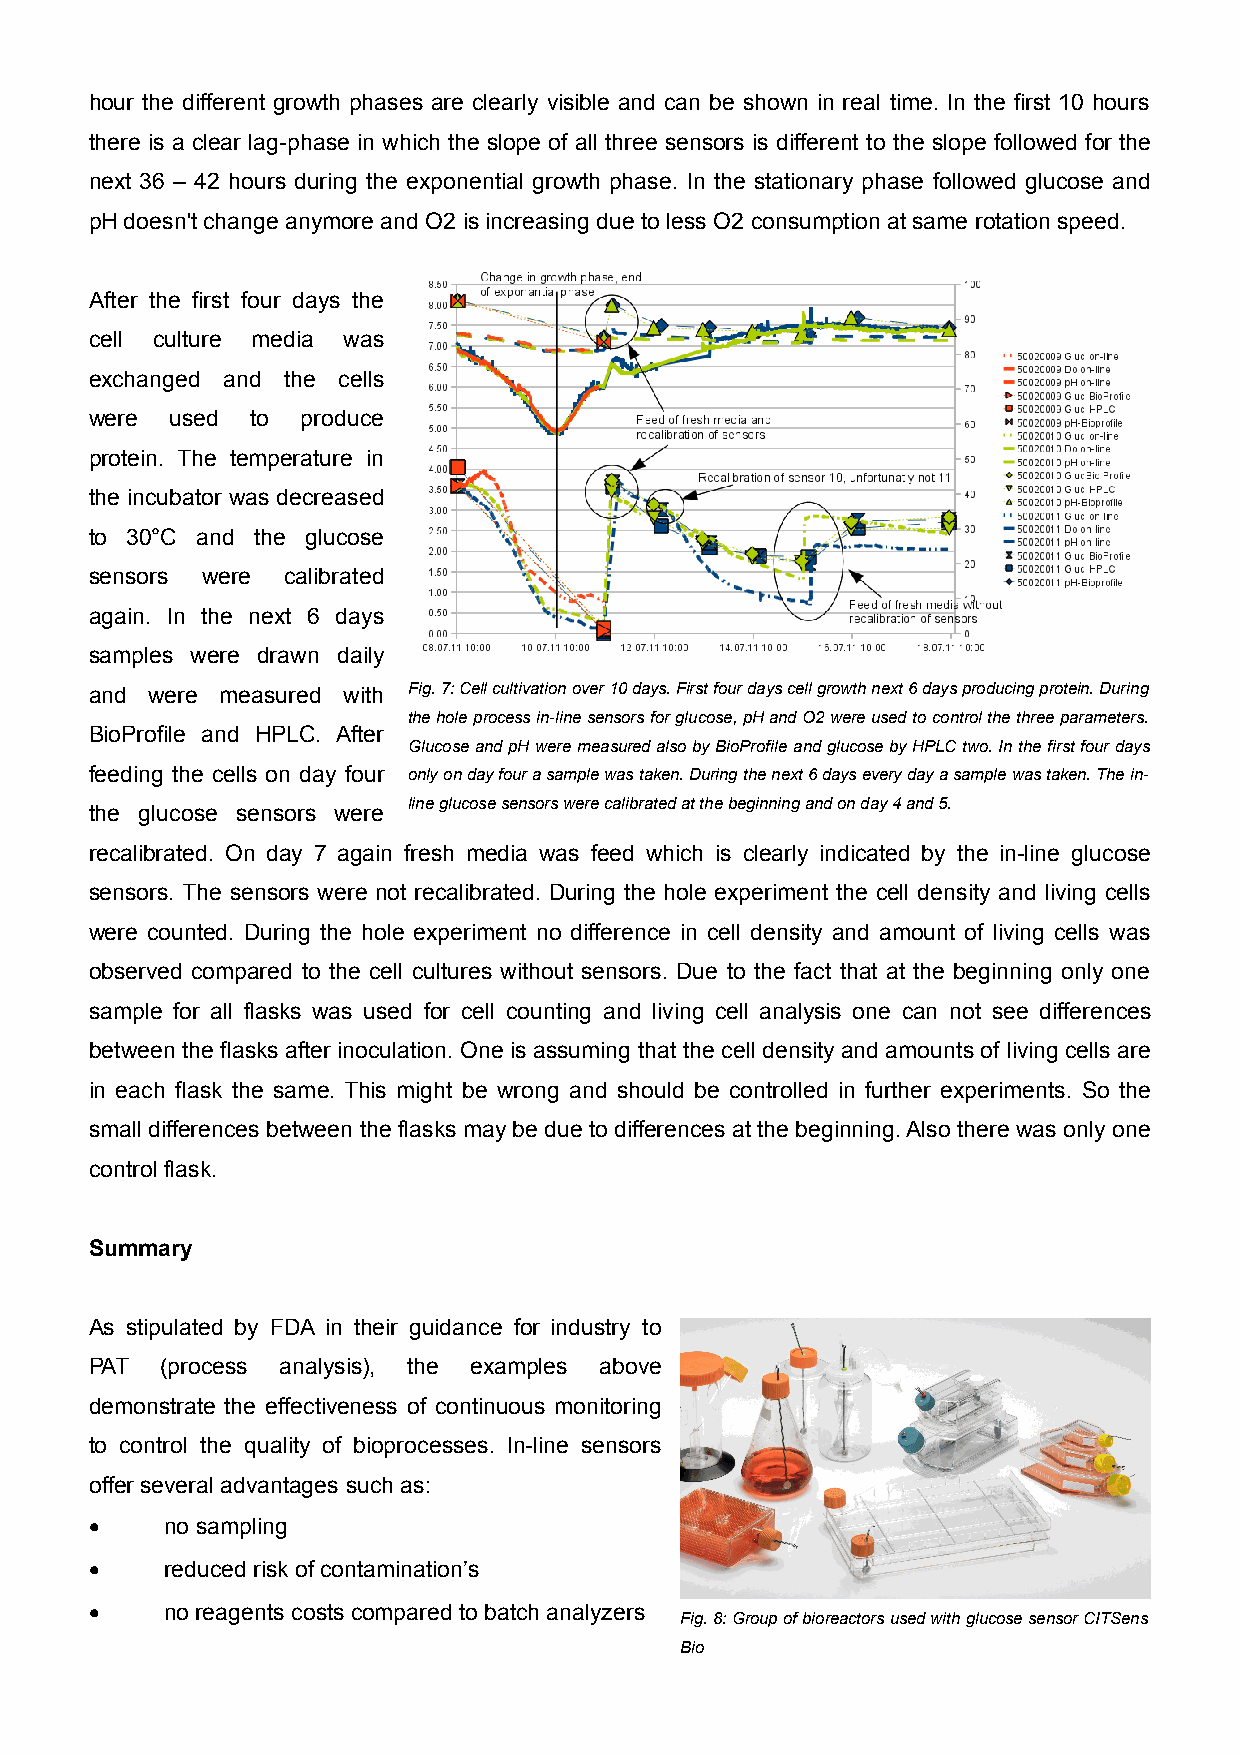
hour the different growth phases are clearly visible and can be shown in real time. In the first 10 hours
 there is a clear lag-phase in which the slope of all three sensors is different to the slope followed for the
 next 36 – 42 hours during the exponential growth phase. In the stationary phase followed glucose and
 pH doesn't change anymore and O2 is increasing due to less O2 consumption at same rotation speed.
 After the first four days the
 cell culture media was
 exchanged and the cells
 were used  to produce
 protein. The temperature in
 the incubator was decreased
 to 30°C and the glucose
 sensors were calibrated
 again. In the next 6 days
 samples were drawn daily
 and were measured with Fig. 7: Cell cultivation over 10 days. First four days cell growth next 6 days producing protein. During
 the hole process in-line sensors for glucose, pH and O2 were used to control the three parameters.
 BioProfile and HPLC. After
 Glucose and pH were measured also by BioProfile and glucose by HPLC two. In the first four days
 feeding the cells on day four only on day four a sample was taken. During the next 6 days every day a sample was taken. The in-
 line glucose sensors were calibrated at the beginning and on day 4 and 5.
 the glucose sensors were
 recalibrated. On day 7 again fresh media was feed which is clearly indicated by the in-line glucose
 sensors. The sensors were not recalibrated. During the hole experiment the cell density and living cells
 were counted. During the hole experiment no difference in cell density and amount of living cells was
 observed compared to the cell cultures without sensors. Due to the fact that at the beginning only one
 sample for all flasks was used for cell counting and living cell analysis one can not see differences
 between the flasks after inoculation. One is assuming that the cell density and amounts of living cells are
 in each flask the same. This might be wrong and should be controlled in further experiments. So the
 small differences between the flasks may be due to differences at the beginning. Also there was only one
 control flask.
 Summary
 As stipulated by FDA in their guidance for industry to
 PAT  (process analysis), the examples above
 demonstrate the effectiveness of continuous monitoring
 to control the quality of bioprocesses. In-line sensors
 offer several advantages such as:
 •    no sampling
 •    reduced risk of contamination’s
 •    no reagents costs compared to batch analyzers
 Fig. 8: Group of bioreactors used with glucose sensor CITSens
 Bio